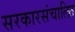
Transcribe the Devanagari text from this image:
सरकारसंचालित